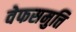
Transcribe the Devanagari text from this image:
वेफसमुत्ति